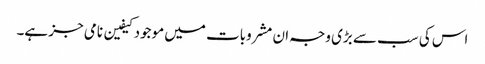
اس کی سب سے بڑی وجہ ان مشروبات میں موجود کیفین نامی جز ہے۔